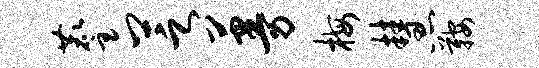
麈芝蔓梅慧鞍